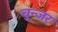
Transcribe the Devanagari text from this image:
चुन्जर